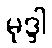
မုဒ္ဒါ